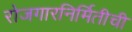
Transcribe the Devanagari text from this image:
रोजगारनिर्मितीची